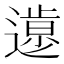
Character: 𨖸